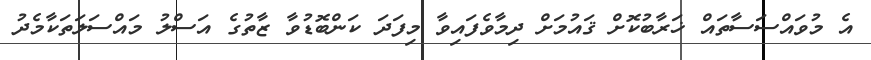
އެ މުވައްސަސާތައް ޚަރާބުކޮށް ޤައުމަށް ދިމާވެފައިވާ މިފަދަ ކަންބޮޑުވާ ޒާތުގެ އަސްލު މައްސަލަތަކާމެދު